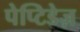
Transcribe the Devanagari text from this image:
पेप्टिडेज़